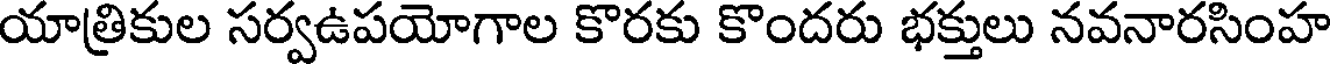
యాత్రికుల సర్వఉపయోగాల కొరకు కొందరు భక్తులు నవనారసింహ